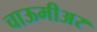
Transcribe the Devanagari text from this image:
चाऊमीअर